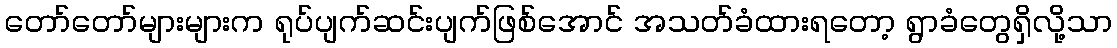
တော်တော်များများက ရုပ်ပျက်ဆင်းပျက်ဖြစ်အောင် အသတ်ခံထားရတော့ ရွာခံတွေရှိလို့သာ